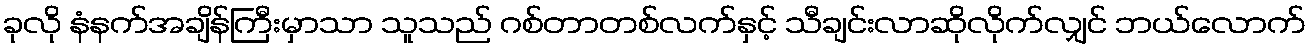
ခုလို နံနက်အချိန်ကြီးမှာသာ သူသည် ဂစ်တာတစ်လက်နှင့် သီချင်းလာဆိုလိုက်လျှင် ဘယ်လောက်